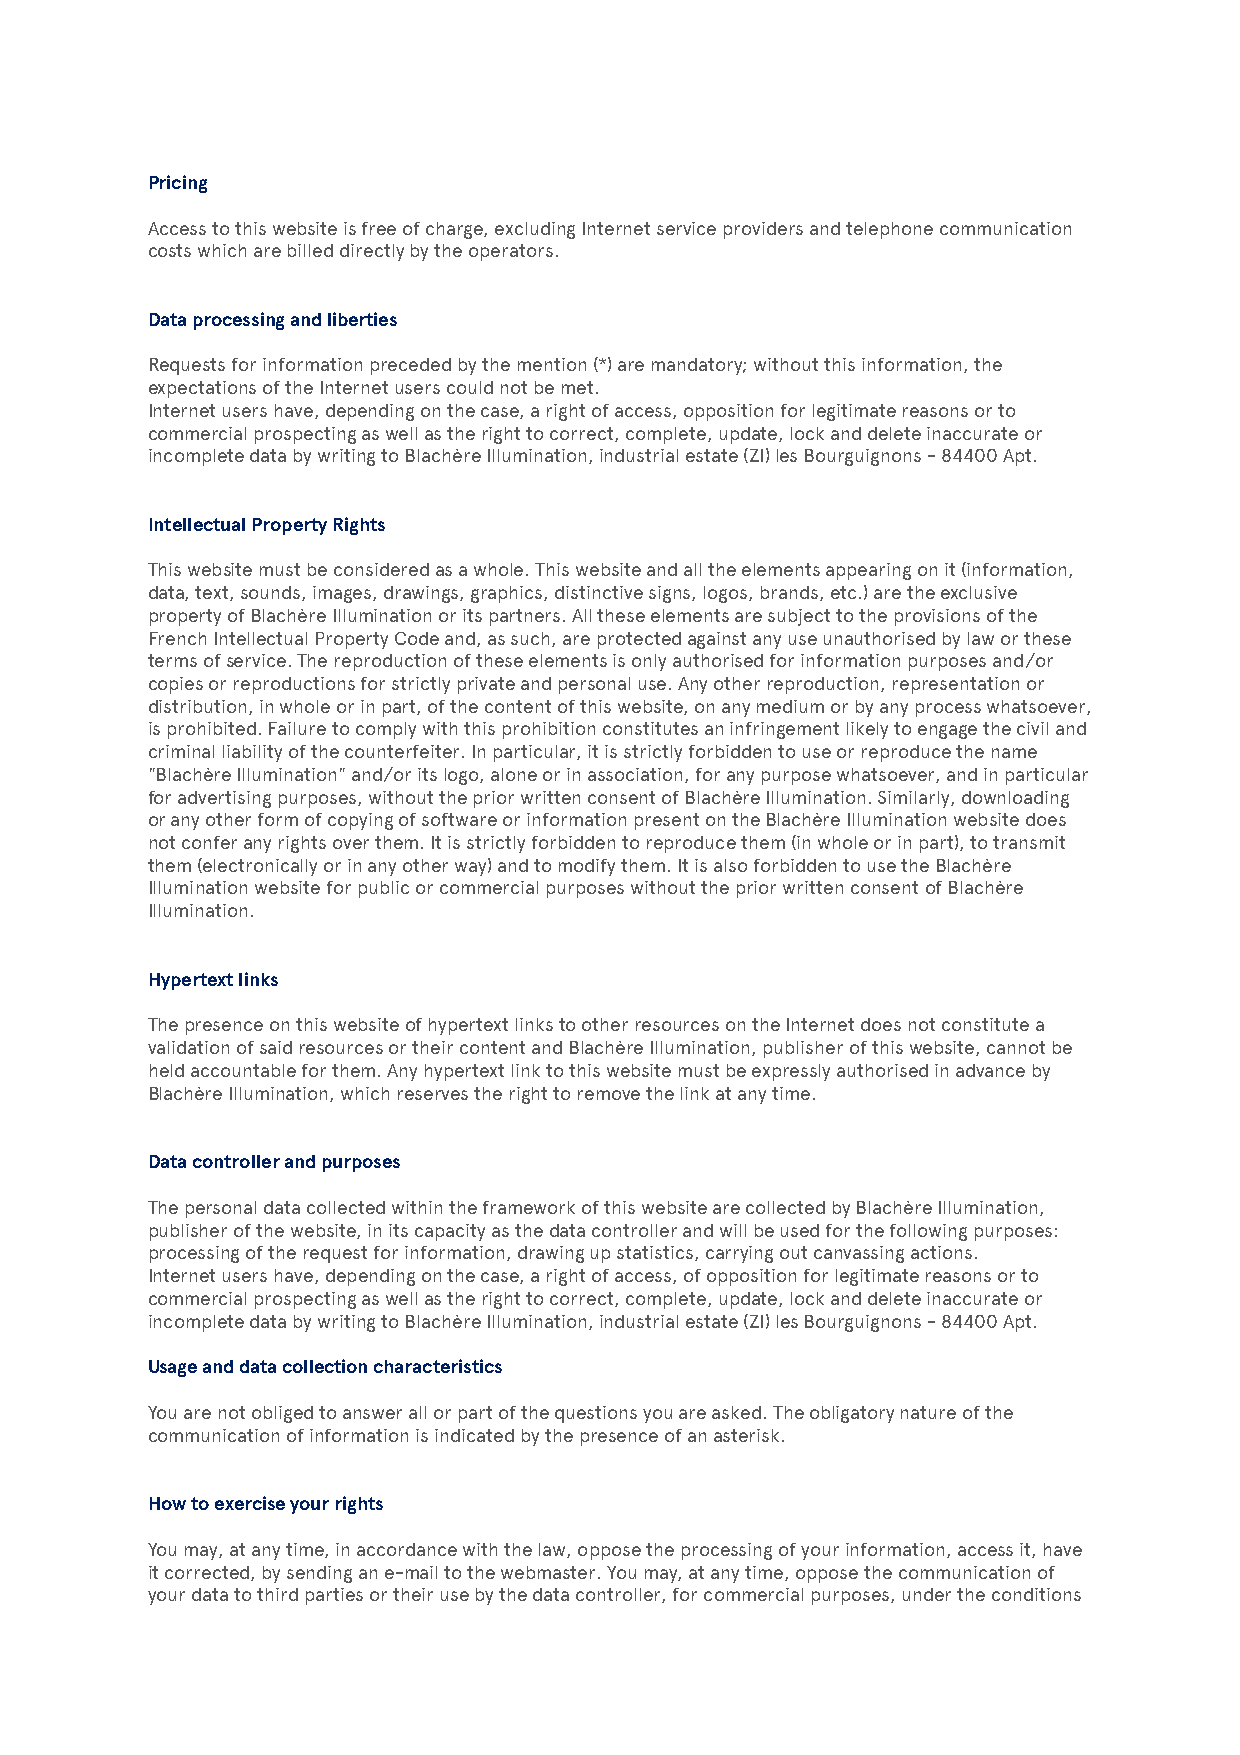
Pricing
 Access to this website is free of charge, excluding Internet service providers and telephone communication
 costs which are billed directly by the operators.
 Data processing and liberties
 Requests for information preceded by the mention (*) are mandatory; without this information, the
 expectations of the Internet users could not be met.
 Internet users have, depending on the case, a right of access, opposition for legitimate reasons or to
 commercial prospecting as well as the right to correct, complete, update, lock and delete inaccurate or
 incomplete data by writing to Blachère Illumination, industrial estate (ZI) les Bourguignons - 84400 Apt.
 Intellectual Property Rights
 This website must be considered as a whole. This website and all the elements appearing on it (information,
 data, text, sounds, images, drawings, graphics, distinctive signs, logos, brands, etc.) are the exclusive
 property of Blachère Illumination or its partners. All these elements are subject to the provisions of the
 French Intellectual Property Code and, as such, are protected against any use unauthorised by law or these
 terms of service. The reproduction of these elements is only authorised for information purposes and/or
 copies or reproductions for strictly private and personal use. Any other reproduction, representation or
 distribution, in whole or in part, of the content of this website, on any medium or by any process whatsoever,
 is prohibited. Failure to comply with this prohibition constitutes an infringement likely to engage the civil and
 criminal liability of the counterfeiter. In particular, it is strictly forbidden to use or reproduce the name
 "Blachère Illumination" and/or its logo, alone or in association, for any purpose whatsoever, and in particular
 for advertising purposes, without the prior written consent of Blachère Illumination. Similarly, downloading
 or any other form of copying of software or information present on the Blachère Illumination website does
 not confer any rights over them. It is strictly forbidden to reproduce them (in whole or in part), to transmit
 them (electronically or in any other way) and to modify them. It is also forbidden to use the Blachère
 Illumination website for public or commercial purposes without the prior written consent of Blachère
 Illumination.
 Hypertext links
 The presence on this website of hypertext links to other resources on the Internet does not constitute a
 validation of said resources or their content and Blachère Illumination, publisher of this website, cannot be
 held accountable for them. Any hypertext link to this website must be expressly authorised in advance by
 Blachère Illumination, which reserves the right to remove the link at any time.
 Data controller and purposes
 The personal data collected within the framework of this website are collected by Blachère Illumination,
 publisher of the website, in its capacity as the data controller and will be used for the following purposes:
 processing of the request for information, drawing up statistics, carrying out canvassing actions.
 Internet users have, depending on the case, a right of access, of opposition for legitimate reasons or to
 commercial prospecting as well as the right to correct, complete, update, lock and delete inaccurate or
 incomplete data by writing to Blachère Illumination, industrial estate (ZI) les Bourguignons - 84400 Apt.
 Usage and data collection characteristics
 You are not obliged to answer all or part of the questions you are asked. The obligatory nature of the
 communication of information is indicated by the presence of an asterisk.
 How to exercise your rights
 You may, at any time, in accordance with the law, oppose the processing of your information, access it, have
 it corrected, by sending an e-mail to the webmaster. You may, at any time, oppose the communication of
 your data to third parties or their use by the data controller, for commercial purposes, under the conditions